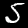
Label: 5